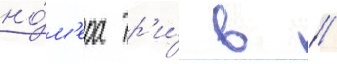
но́м'ера тр'и́ в //